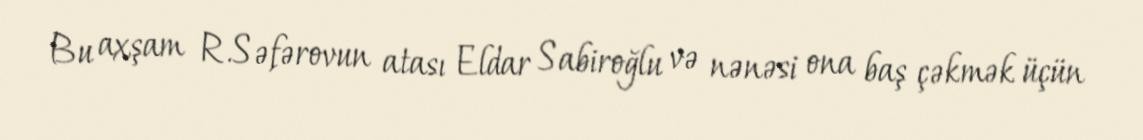
Bu axşam R.Səfərovun atası Eldar Sabiroğlu və nənəsi ona baş çəkmək üçün